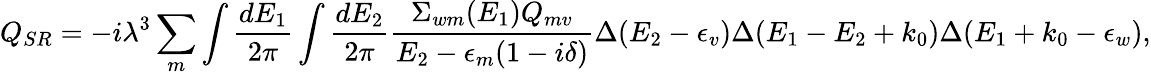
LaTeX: Q_{SR}=-i\lambda^{3}\sum_{m}\int{\frac{dE_{1}}{2\pi}}\int{\frac{dE_{2}}{2\pi}}{\frac{\Sigma_{wm}(E_{1})Q_{mv}}{E_{2}-\epsilon_{m}(1-i\delta)}}\Delta(E_{2}-\epsilon_{v})\Delta(E_{1}-E_{2}+k_{0})\Delta(E_{1}+k_{0}-\epsilon_{w}),